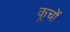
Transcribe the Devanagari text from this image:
कूचों